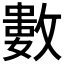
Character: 𢿙